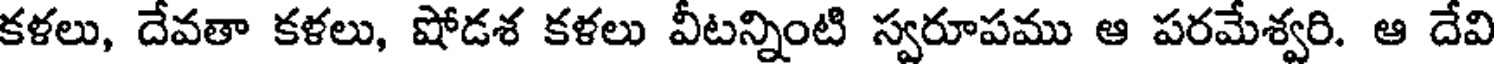
కళలు, దేవతా కళలు, షోడశ కళలు వీటన్నింటి స్వరూపము ఆ పరమేశ్వరి. ఆ దేవి